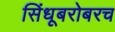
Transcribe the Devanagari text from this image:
सिंधूबरोबरच